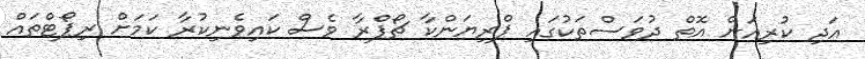
އަދި ކުރިއަށް އޮތް ދުވަސްތަކުގައި ޕްރިޔަންކާ ޗޯޕްރާ ވެސް ކައިވެނިކުރާ ކަމަށް ރިޕޯޓްތައް